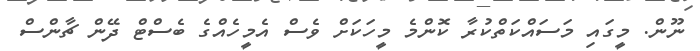
ނޫން. މީގައި މަސައްކަތްކުރާ ކޮންމެ މީހަކަށް ވެސް އެމީހެއްގެ ބެސްޓް ދޭން ޗާންސް